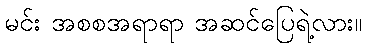
မင်း အစစအရာရာ အဆင်ပြေရဲ့လား။